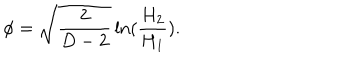
LaTeX: \phi = \sqrt { \frac { 2 } { D - 2 } } \ln ( \frac { H _ { 2 } } { H _ { 1 } } ) .